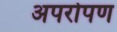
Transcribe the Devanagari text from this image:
अपरोपण